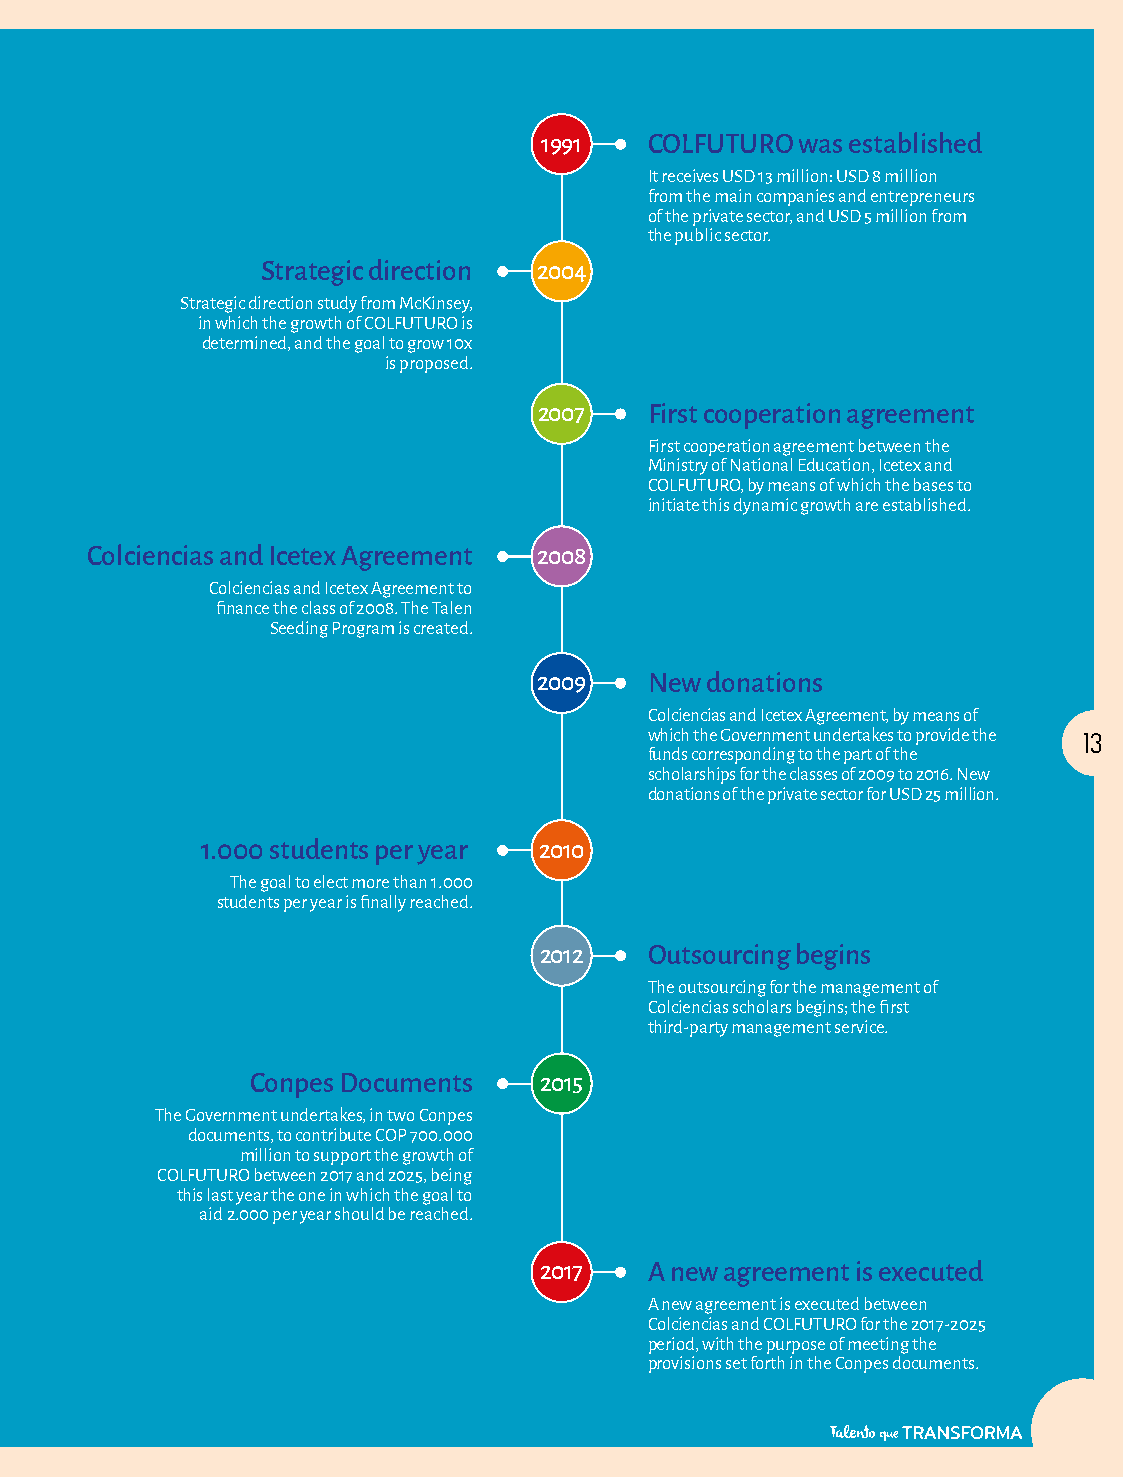
1991   COLFUTURO was established
 It receives USD 13 million: USD 8 million
 from the main companies and entrepreneurs
 of the private sector, and USD 5 million from
 the public sector.
 Strategic direction 2004
 Strategic direction study from McKinsey,
 in which the growth of COLFUTURO is
 determined, and the goal to grow 10x
 is proposed.
 2007   First cooperation agreement
 First cooperation agreement between the
 Ministry of National Education, Icetex and
 COLFUTURO, by means of which the bases to
 initiate this dynamic growth are established.
 Colciencias and Icetex Agreement 2008
 Colciencias and Icetex Agreement to
 finance the class of 2008. The Talen
 Seeding Program is created.
 2009   New donations
 Colciencias and Icetex Agreement, by means of
 which the Government undertakes to provide the 13
 funds corresponding to the part of the
 scholarships for the classes of 2009 to 2016. New
 donations of the private sector for USD 25 million.
 1.000 students per year 2010
 The goal to elect more than 1.000
 students per year is finally reached.
 2012   Outsourcing begins
 The outsourcing for the management of
 Colciencias scholars begins; the first
 third-party management service.
 Conpes Documents   2015
 The Government undertakes, in two Conpes
 documents, to contribute COP 700.000
 million to support the growth of
 COLFUTURO between 2017 and 2025, being
 this last year the one in which the goal to
 aid 2.000 per year should be reached.
 2017   A new agreement is executed
 A new agreement is executed between
 Colciencias and COLFUTURO for the 2017-2025
 period, with the purpose of meeting the
 provisions set forth in the Conpes documents.